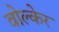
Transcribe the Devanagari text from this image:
वोल्केर